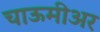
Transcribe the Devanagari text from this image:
चाऊमीअर